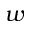
w